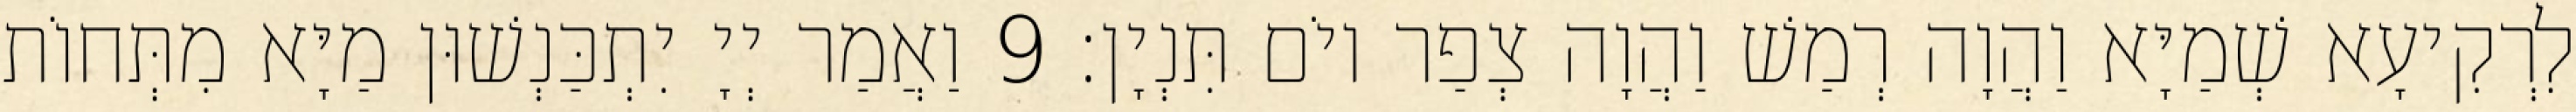
לִרְקִיעָא שְׁמַיָּא וַהֲוָה רְמַשׁ וַהֲוָה צְפַר יוֹם תִּנְיָן׃ 9 וַאֲמַר יְיָ יִתְכַּנְשׁוּן מַיָּא מִתְּחוֹת